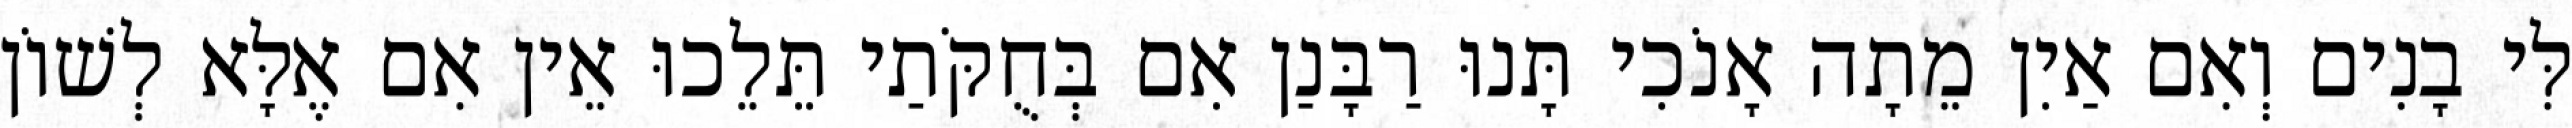
לִּי בָנִים וְאִם אַיִן מֵתָה אָנֹכִי תָּנוּ רַבָּנַן אִם בְּחֻקֹּתַי תֵּלֵכוּ אֵין אִם אֶלָּא לְשׁוֹן